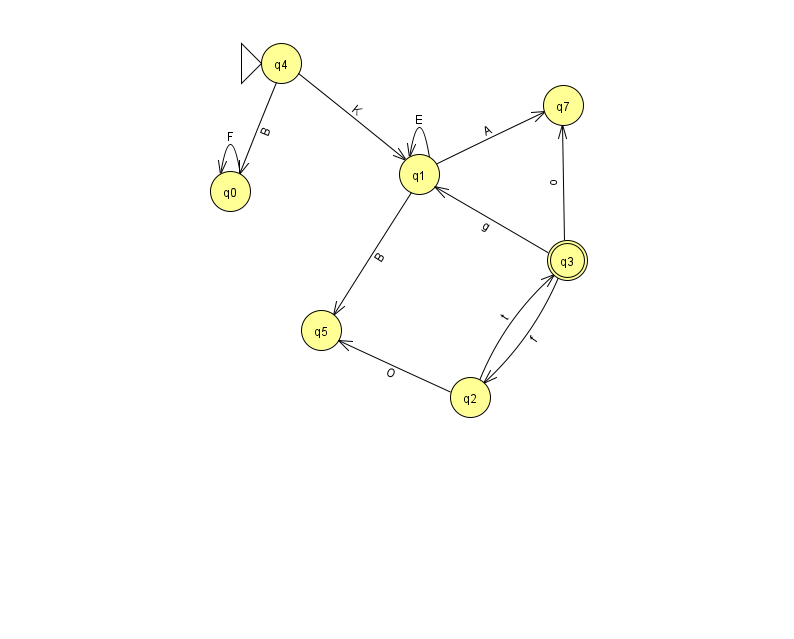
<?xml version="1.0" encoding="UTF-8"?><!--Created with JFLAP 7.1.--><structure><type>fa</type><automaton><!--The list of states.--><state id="0" name="q0"><x>230.0</x><y>178.0</y></state><state id="1" name="q1"><x>419.0</x><y>161.0</y></state><state id="2" name="q2"><x>470.0</x><y>384.0</y></state><state id="3" name="q3"><x>567.0</x><y>247.0</y><final/></state><state id="4" name="q4"><x>281.0</x><y>50.0</y><initial/></state><state id="5" name="q5"><x>321.0</x><y>317.0</y></state><state id="7" name="q7"><x>563.0</x><y>92.0</y></state><!--The list of transitions.--><transition><from>3</from><to>1</to><read>g</read></transition><transition><from>1</from><to>7</to><read>A</read></transition><transition><from>1</from><to>1</to><read>E</read></transition><transition><from>0</from><to>0</to><read>F</read></transition><transition><from>4</from><to>1</to><read>K</read></transition><transition><from>3</from><to>7</to><read>o</read></transition><transition><from>1</from><to>5</to><read>B</read></transition><transition><from>2</from><to>3</to><read>t</read></transition><transition><from>4</from><to>0</to><read>B</read></transition><transition><from>2</from><to>5</to><read>O</read></transition><transition><from>3</from><to>2</to><read>f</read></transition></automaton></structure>